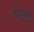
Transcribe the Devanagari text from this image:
मेको